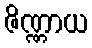
ဇိဏ္ဏာယ